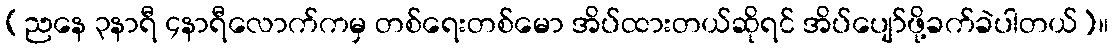
(ညနေ ၃နာရီ ၄နာရီလောက်ကမှ တစ်ရေးတစ်မော အိပ်ထားတယ်ဆိုရင် အိပ်ပျော်ဖို့ခက်ခဲပါတယ်)။